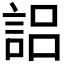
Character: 𰴰